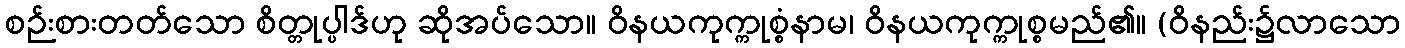
စဉ်းစားတတ်သော စိတ္တုပ္ပါဒ်ဟု ဆိုအပ်သော။ ဝိနယကုက္ကုစ္စံနာမ၊ ဝိနယကုက္ကုစ္စမည်၏။ (ဝိနည်း၌လာသော